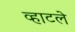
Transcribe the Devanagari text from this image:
व्हाटले